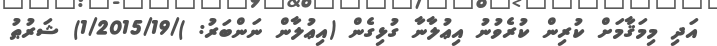
އަދި މިމަޤާމަށް ކުރިން ކުރެވުނު އިޢުލާނާ ގުޅިގެން (އިޢުލާން ނަންބަރު: )/1/2015/19) ޝަރުޠު